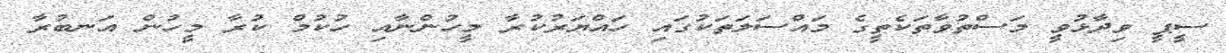
ސީޕީ ވިދާޅުވީ މަސްތުވާތަކެތީގެ މައްސަލަތަކުގައި ހައްޔަރުކުރާ މީހުންނާއި ހުކުމް ކުރާ މީހުން އަނބުރާ